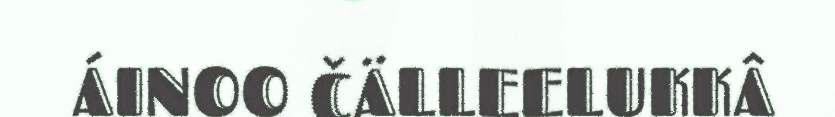
ÁINOO ČÄLLEELUKKÂ